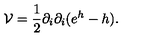
{ \mathcal { V } } = \frac { 1 } { 2 } \partial _ { i } \partial _ { i } ( e ^ { h } - h ) .